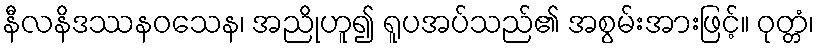
နီလနိဒဿနဝသေန၊ အညိုဟူ၍ ရူပအပ်သည်၏ အစွမ်းအားဖြင့်။ ဝုတ္တံ၊